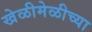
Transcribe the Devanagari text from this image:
खेळीमेळीच्या